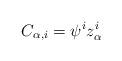
LaTeX: \begin{align*}C_{\alpha, i}=\psi^i z_\alpha^i \end{align*}